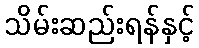
သိမ်းဆည်းရန်နှင့်